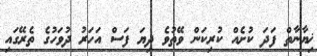
ޚިޔާނާތް ފަދަ ކުށެއް ކުރިކަން ވޭތުވެ ދިޔަ ފަސް އަހަރު ދުވަހުގެ ތެރޭގައި